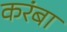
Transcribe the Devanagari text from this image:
करंबा